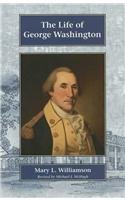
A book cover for The Life Of George Washington; Mary L. Williamson; Teen & Young Adult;